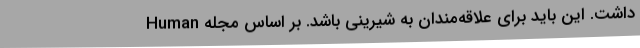
داشت. این باید برای علاقه‌مندان به شیرینی باشد. بر اساس مجله Human